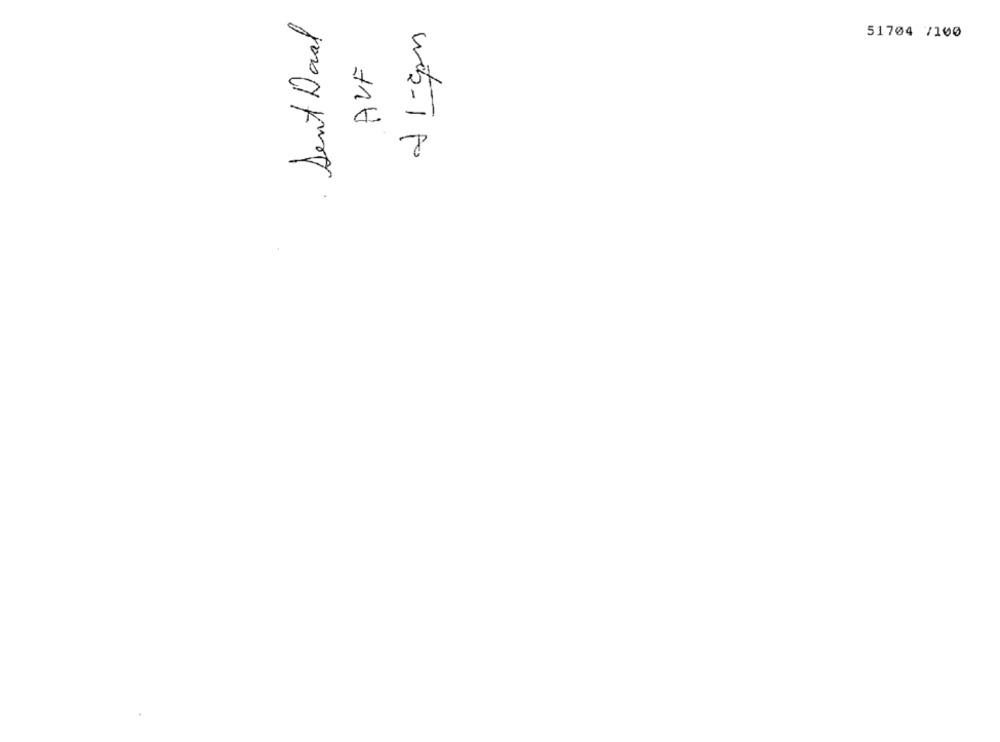
Sent Daal
51704 7100
AVF